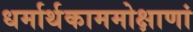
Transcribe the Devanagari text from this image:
धर्मार्थकाममोक्षाणां